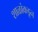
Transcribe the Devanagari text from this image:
शाळांकडून